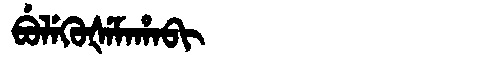
Manchu: ᠪᡠᠯᡝᡴᡠᡧᡝᠮᠠᡥᠠᠪᡳ
Romanization: BULEKUŠEMAHABI